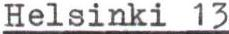
Helsinki 13